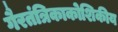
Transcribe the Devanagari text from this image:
गैरतंत्रिकाकोशिकीय